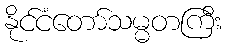
နိုင်ငံတော်သမ္မတကြီး